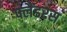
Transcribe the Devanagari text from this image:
फ्लैंडरस